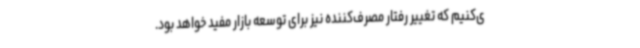
ی‌کنیم که تغییر رفتار مصرف‌کننده نیز برای توسعه بازار مفید خواهد بود.